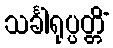
သင်္ခါရုပ္ပတ္တိံ